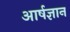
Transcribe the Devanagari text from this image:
आर्षज्ञान